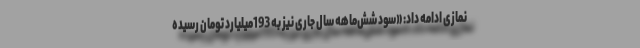
نمازی ادامه داد: «سود شش‌ماهه سال جاری نیز به 193میلیارد تومان رسیده